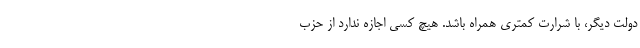
دولت دیگر، با شرارت کمتری همراه باشد. هیچ کسی اجازه ندارد از حزب